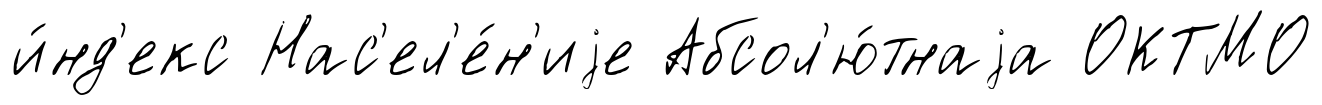
и́нд'екс Нас'ел'е́н'иjе Абсол'ю́тнаjа ОКТМО